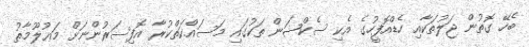
ބެހޭ ގޮތުން ޖަލުތަކާއި ހެޑްއޮފީހުގެ އެކި ސެކްޝަން ތަކުގައި މަސައްކަތްކުރާ އޮފިސަރުންނަށް މަޢުލޫމާތު